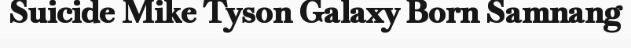
Suicide Mike Tyson Galaxy Born Samnang